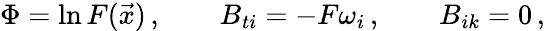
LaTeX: \Phi=\ln F(\vec{x})\, ,\qquad B_{ti}=-F\omega_{i}\, ,\qquad B_{ik}=0\, ,